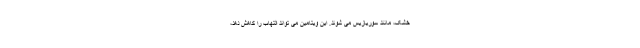
خشک، مانند سوریازیس می شوند. این ویتامین می تواند التهاب را کاهش دهد،